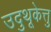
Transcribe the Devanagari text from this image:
उदुथूकेत्तु